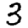
Digit: 3